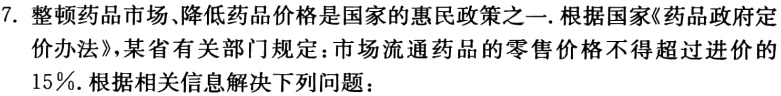
7. 整顿药品市场、降低药品价格是国家的惠民政策之一. 根据国家《药品政府定

价办法》，某省有关部门规定：市场流通药品的零售价格不得超过进价的

15%. 根据相关信息解决下列问题：